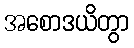
အစောဒယိတွာ